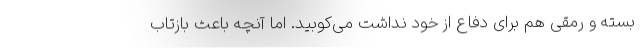
بسته و رمقی هم برای دفاع از خود نداشت می‌کوبید. اما آنچه باعث بازتاب